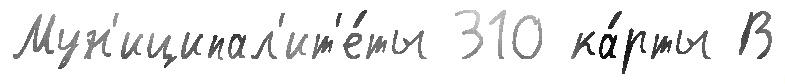
Мун'иципал'ит'е́ты 310 ка́рты В